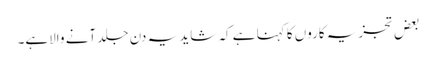
بعض تجزیہ کاروں کا کہنا ہے کہ شاید یہ دن جلد آنے والاہے۔